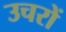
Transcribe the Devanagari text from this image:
उचरों